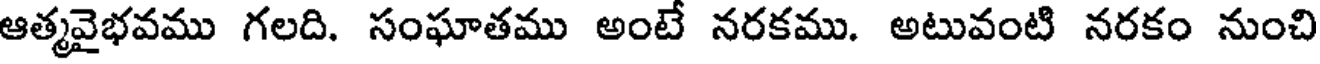
ఆత్మవైభవము గలది. సంఘాతము అంటే నరకము. అటువంటి నరకం నుంచి